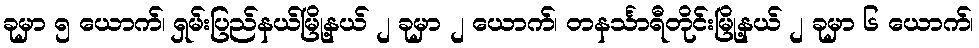
ခုမှာ ၅ ယောက်၊ ရှမ်းပြည်နယ်မြို့နယ် ၂ ခုမှာ ၂ ယောက်၊ တနင်္သာရီတိုင်းမြို့နယ် ၂ ခုမှာ ၆ ယောက်၊